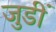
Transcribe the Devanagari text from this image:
जुडीं